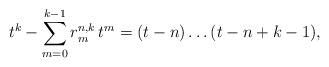
LaTeX: \begin{align*}t^k-\sum_{m=0}^{k-1}r_{m}^{n,k} \, t^m=(t-n)\ldots (t-n+k-1),\end{align*}